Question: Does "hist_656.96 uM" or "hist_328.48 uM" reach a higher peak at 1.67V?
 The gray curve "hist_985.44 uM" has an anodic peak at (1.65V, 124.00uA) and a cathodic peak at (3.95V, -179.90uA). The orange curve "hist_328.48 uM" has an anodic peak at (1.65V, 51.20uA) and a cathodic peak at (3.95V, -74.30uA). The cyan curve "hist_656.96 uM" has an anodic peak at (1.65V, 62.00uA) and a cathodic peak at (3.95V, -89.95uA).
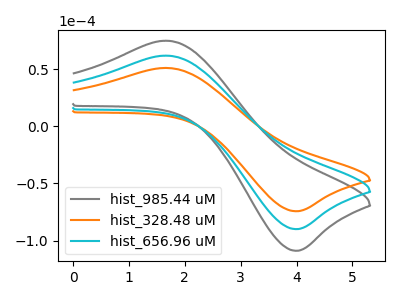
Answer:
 <answer>The peak at 1.67V is higher in "hist_656.96 uM" than in "hist_328.48 uM".</answer>
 <eval>higher</eval>